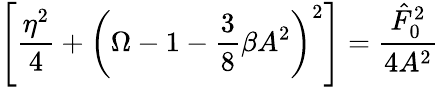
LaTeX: \left[\frac{\eta^{2}}{4}+\left(\Omega-1-\frac{3}{8}\beta A^{2}\right)^{2}\right]=\frac{\hat{F}_{0}^{2}}{4A^{2}}